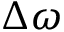
\Delta \omega